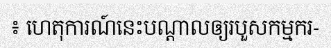
៖ ហេតុការណ៍នេះបណ្តាលឲ្យរបួសកម្មករ-